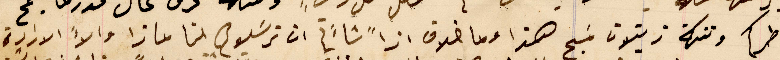
خاطركم وتنكة زيتون مسَبح هذا وما خلاف اذاً شاءَكم ان ترسَلوهم لنا عازا والاَّ الارادة